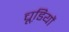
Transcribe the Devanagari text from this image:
चूडि़यों